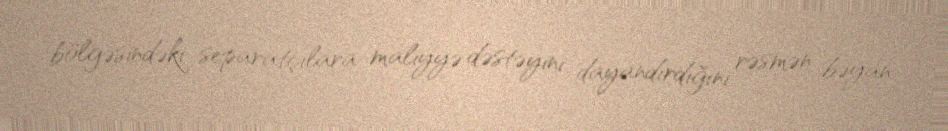
bölgəsindəki separatçılara maliyyə dəstəyini dayandırdığını rəsmən bəyan